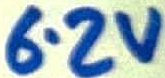
Text: 6.2V